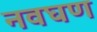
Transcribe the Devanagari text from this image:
नवघण